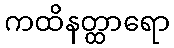
ကထိနတ္ထာရော